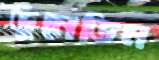
ডুনেডিন